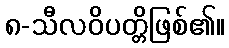
၈-သီလဝိပတ္တိဖြစ်၏။